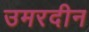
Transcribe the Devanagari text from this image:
उमरदीन